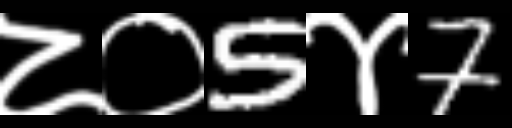
Text: ८०5४7